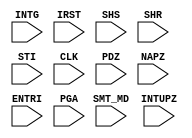
module ReadoutStub(
           INTG, IRST, SHS, SHR, STI, CLK,
           SMT_MD, PDZ, NAPZ, ENTRI, INTUPZ, PGA,
       );
input INTG, IRST, SHS, SHR, STI, CLK;
input SMT_MD, PDZ, NAPZ, ENTRI, INTUPZ;
input [2:0] PGA;
endmodule